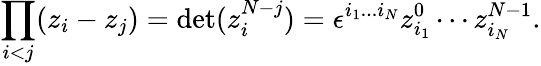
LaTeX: \prod_{i<j}(z_{i}-z_{j})=\mathrm{det}(z_{i}^{N-j})=\epsilon^{i_{1}...i_{N}}z_{i_{1}}^{0}\cdots z_{i_{N}}^{N-1}.